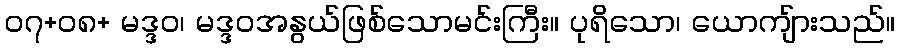
၀၇+၀၈+ မဒ္ဒဝ၊ မဒ္ဒဝအနွယ်ဖြစ်သောမင်းကြီး။ ပုရိသော၊ ယောကျ်ားသည်။